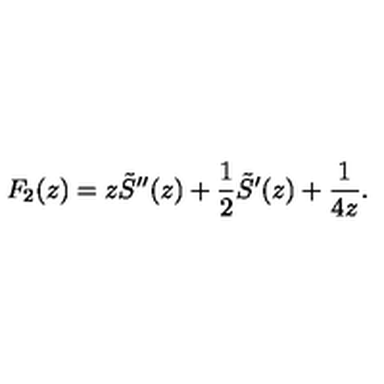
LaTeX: F _ { 2 } ( z ) = z \tilde { S } ^ { \prime \prime } ( z ) + \frac 1 2 \tilde { S } ^ { \prime } ( z ) + \frac { 1 } { 4 z } .